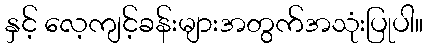
နှင့် လေ့ကျင့်ခန်းများအတွက်အသုံးပြုပါ။